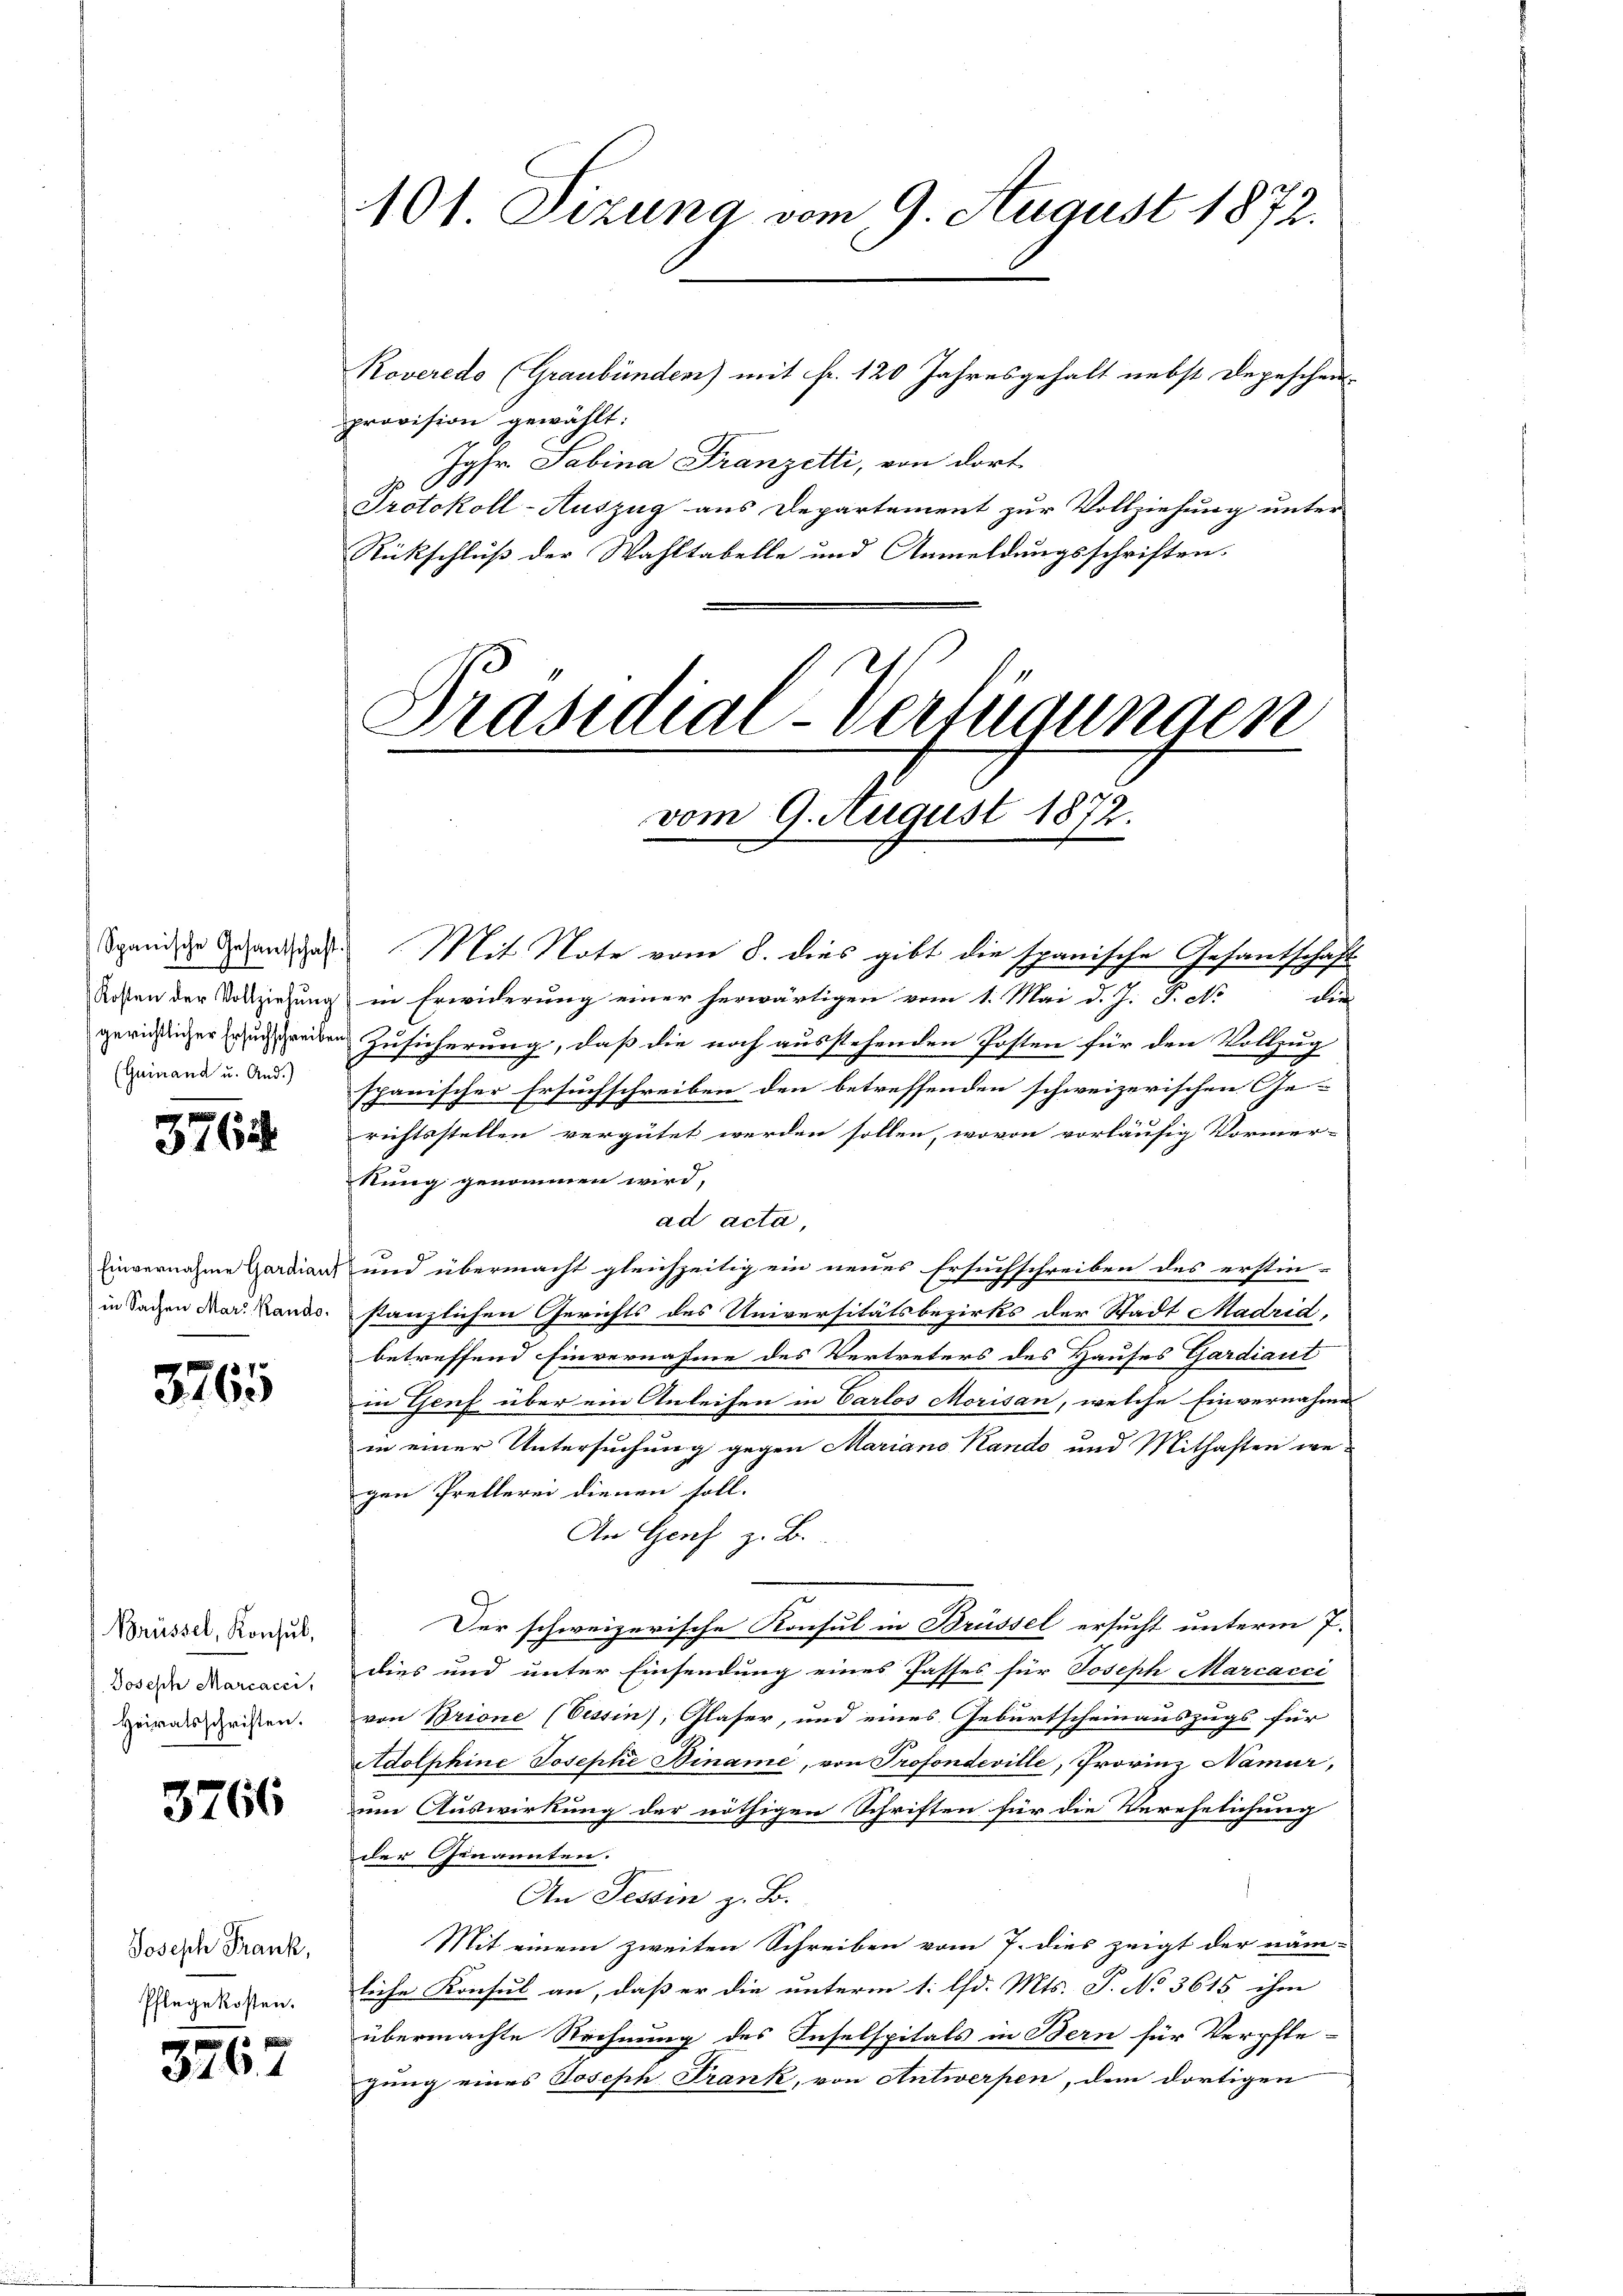
Spanische Gesantschaft.
 71
Kosten der Vollziehung
gerichtlicher Ersuchschreibe
(Guinand u. And.)

3764

Einvernahme Gardian
in Sachen Marz. Rando

3765

Brüssel, Konsul,
Joseph Marcacci,
Heiratsschriften.

3766

Joseph Frank,
Pflegekosten.

3267

101 Sizung vom 9. August 1872.

Roveredo (Graubünden) mit fr. 120 Jahresgehalt nebst Depeschen
provision gewählt.
Jgfr. Sabina Franzetti, von dort
Protokoll-Auszug aus Departement zur Vollziehung unter
Rückschluß der Wahltabelle und Anmeldungsschriften.

s
Präsidial-Verfügungen
vom 9. August 1872.

e

Mit Note vom 8. dies gibt die spanische Gesantschaft
in Erwiderung einer herwärtigen vom 1. Mai d. J. J. No die
Zusicherung, daß die noch ausstehenden Posten für den Vollzug
spanischer Ersuchschreiben den betreffenden schweizerischen Ge
richtsstellen vergütet werden sollen, wovon vorläufig Vormer-
Nung genommen wird,
ad acta
und übermacht gleichzeitig ein neues Ersuchschreiben des erstin-
stanzlichen Gerichts des Universitätsbezirks der Stadt Madrid,
betreffend Einvernahme des Vertreters des Hauses Gardiant
in Genf über ein Anleihen in Carlos Morisan, welche Einvernahme
in einer Untersuchung gegen Mariano Kando und Mithaften wegen Prellerei dienen soll.
An Genf z. B.
Der schweizerische Konsul in Brüssel ersucht unterm 7.
dies und unter Einsendung eines Passes für Joseph Marcacci
von Brione (Tessin), Glaser, und eines Geburtscheinauszugs für
Adolphine Josephi Biname, von Profondeville, Provinz Namur,
um Auswirkung der nöthigen Schriften für die Verehelichung
der Genannten.
An Tessin z. B.
Mit einem zweiten Schreiben vom 7. dies zeigt der näm-
leiche Konsul an, daß er die unterm 1. d. Mts. P. No 3615 ihm
übermachte Rechnung des Inselspitals in Bern für Verpfle-
jung eines Joseph Frank, von Antwerpen, dem dortigen